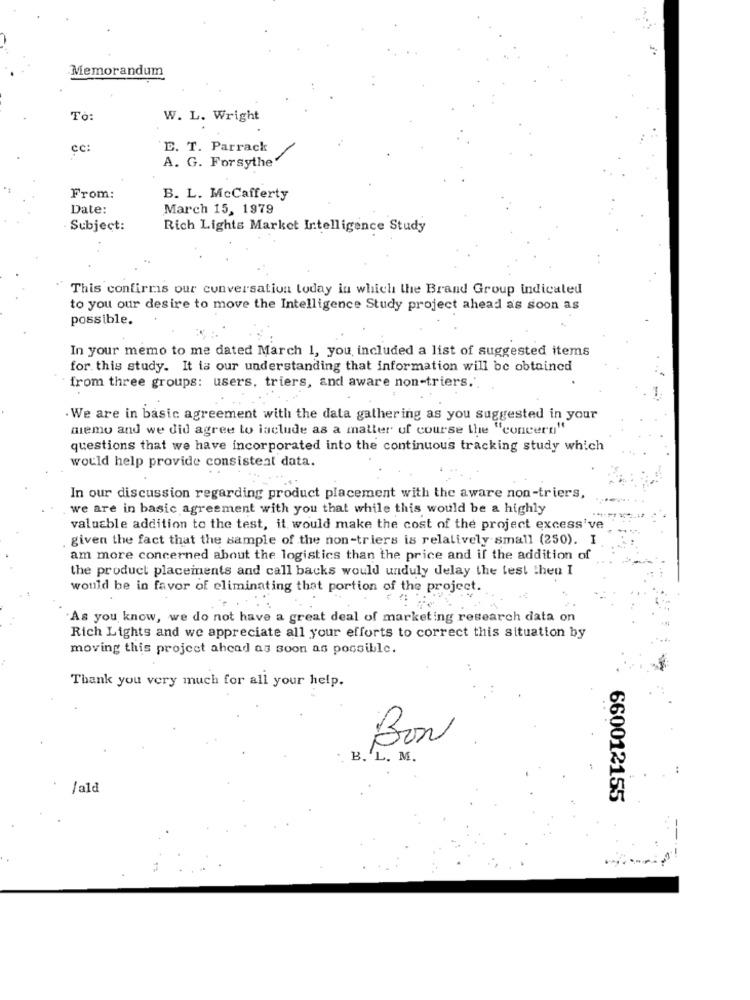
Memorandum
To
W. L. Wright
cc:
E. T. Parrack
A. G. Forsythe"
From:
B. L. McCafferty
Date:
March 15, 1979
Subject:
Rich Lights Market Intelligence Study
This confirms our conversation loday in which the Brand Group indicated
to you our desire to move the Intelligence Study project ahead as soon as
possible.
In your memo to me dated March 1, you included a list of suggested items
for this study. It is our understanding that information will be obtained
from three groups: users, triers, and aware non-triers.".
.We are in basic agreement with the data gathering as you suggested in your
miemo and we did agree to include as a matter of course the "concern"
questions that we have incorporated into the continuous tracking study which
would help provide consistent data.
In our discussion regarding product placement with the aware non-triers,
we are in basic agreement with you that while this would be a highly
valuable addition to the test, it would make the cost of the project excess've
given the fact that the sample of the non-triers is relatively small (250). I
am more concerned about the logistics than the price and if the addition of
the product placeinents and call backs would unduly delay the test then I
would be in favor of eliminating that portion of the project.
As you know, we do not have a great deal of marketing research data on
Rich Lights and we appreciate all your efforts to correct this situation by
moving this project ahead as soon as possible.
Thank you very much for all your help.
BON
B. L. M.
/ald
660012155